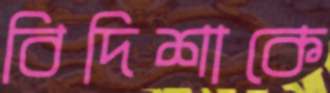
বিদিশাকে